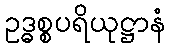
ဥဒ္ဓစ္စပရိယုဋ္ဌာနံ